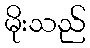
မိုးသည်